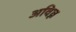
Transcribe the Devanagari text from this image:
अविघ्न